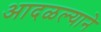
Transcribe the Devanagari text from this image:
आदळल्याने